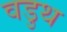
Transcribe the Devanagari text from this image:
वडुथ